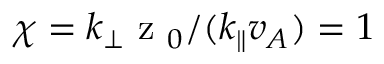
\chi = k _ { \perp } \mathrm { ~ z ~ } _ { 0 } / ( k _ { \parallel } v _ { A } ) = 1